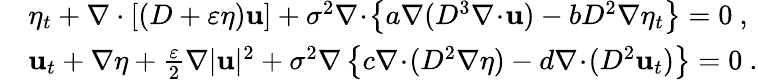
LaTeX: \begin{array}{rl}&{\eta_{t}+\nabla\cdot[(D+\varepsilon\eta)\mathbf{u}]+\sigma^{2}\nabla\! \cdot\! \left\{ a\nabla(D^{3}\nabla\! \cdot\! \mathbf{u})-bD^{2}\nabla\eta_{t}\right\} =0\ ,}\\ &{{\mathbf{u}}_{t}+\nabla\eta+\frac{\varepsilon}{2}\nabla|\mathbf{u}|^{2}+\sigma^{2}\nabla\left\{ c\nabla\! \cdot\! (D^{2}\nabla\eta)-d\nabla\! \cdot\! (D^{2}\mathbf{u}_{t})\right\} =0\ .}\end{array}